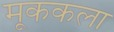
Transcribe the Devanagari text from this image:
मूककला